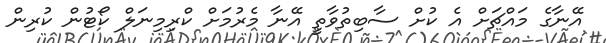
އޭނާގެ މައްޗަށް އެ ކުށް ސާބިތުވާތީ އޭނާ މެރުމަށް ކްރިމިނަލް ކޯޓުން ކުރިން